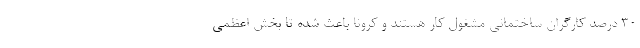
۳۰ درصد کارگران ساختمانی مشغول کار هستند و کرونا باعث شده تا بخش اعظمی